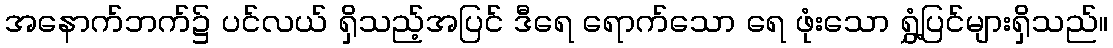
အနောက်ဘက်၌ ပင်လယ် ရှိသည့်အပြင် ဒီရေ ရောက်သော ရေ ဖုံးသော ရွှံ့ပြင်များရှိသည်။